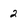
Character: 2